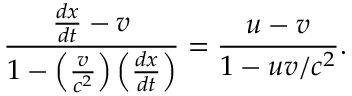
{ \frac { { \frac { d x } { d t } } - v } { 1 - \left( { \frac { v } { c ^ { 2 } } } \right) \left( { \frac { d x } { d t } } \right) } } = { \frac { u - v } { 1 - u v / c ^ { 2 } } } .